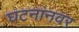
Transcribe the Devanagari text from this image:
घटनांनवर